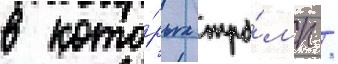
в кото́рых тра́мп /